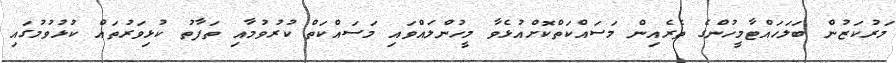
މަރުކަޒުން ބަލަހައްޓާމީހުންގެ ތެރެއިން މަސައްކަތްކޮށްއުޅެވާ މީހުންލައްވައި މަސައްކަތް ކުރުވުމާއި ތަފާތު ކުޅިވަރުތައް ކުޅުވުމުގައި